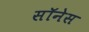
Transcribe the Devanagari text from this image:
सॉनेस